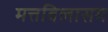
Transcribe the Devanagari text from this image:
मत्तविलासम